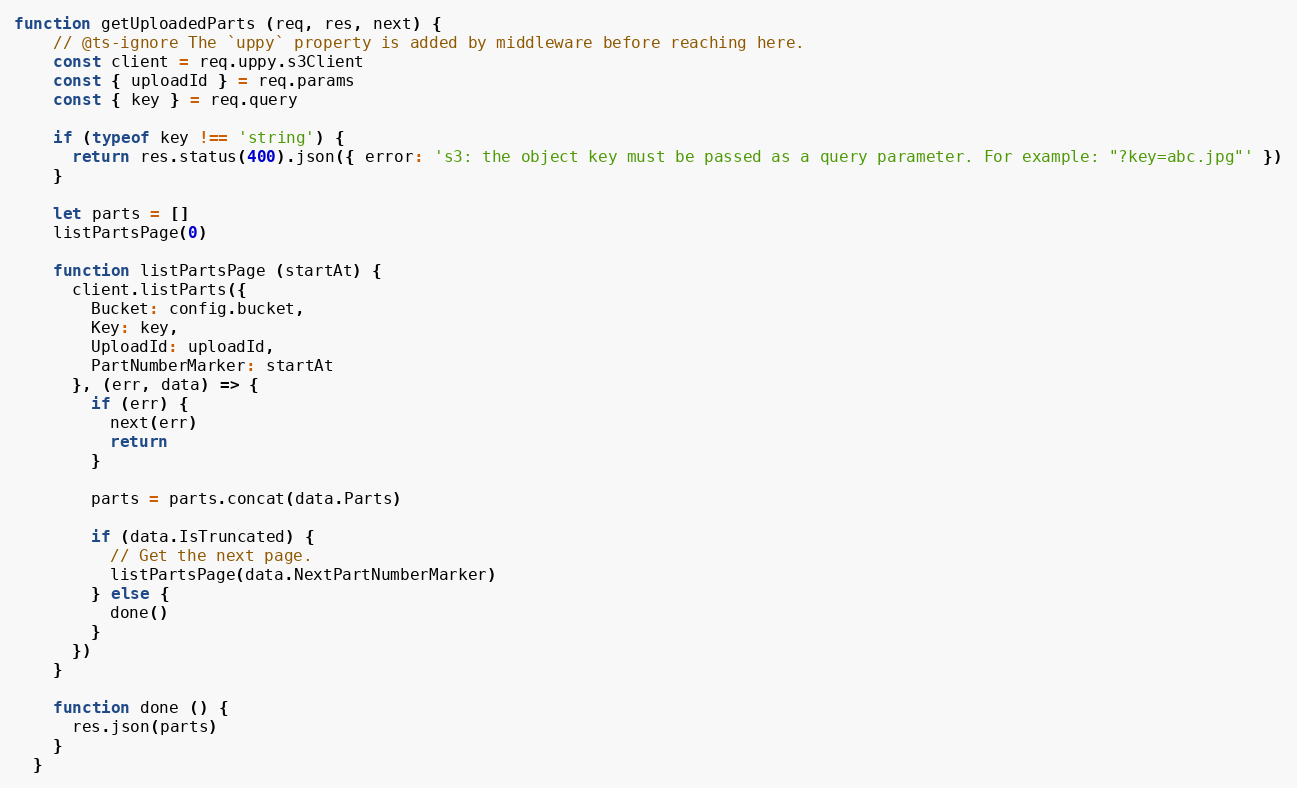
Language: JavaScript
function getUploadedParts (req, res, next) {
    // @ts-ignore The `uppy` property is added by middleware before reaching here.
    const client = req.uppy.s3Client
    const { uploadId } = req.params
    const { key } = req.query

    if (typeof key !== 'string') {
      return res.status(400).json({ error: 's3: the object key must be passed as a query parameter. For example: "?key=abc.jpg"' })
    }

    let parts = []
    listPartsPage(0)

    function listPartsPage (startAt) {
      client.listParts({
        Bucket: config.bucket,
        Key: key,
        UploadId: uploadId,
        PartNumberMarker: startAt
      }, (err, data) => {
        if (err) {
          next(err)
          return
        }

        parts = parts.concat(data.Parts)

        if (data.IsTruncated) {
          // Get the next page.
          listPartsPage(data.NextPartNumberMarker)
        } else {
          done()
        }
      })
    }

    function done () {
      res.json(parts)
    }
  }